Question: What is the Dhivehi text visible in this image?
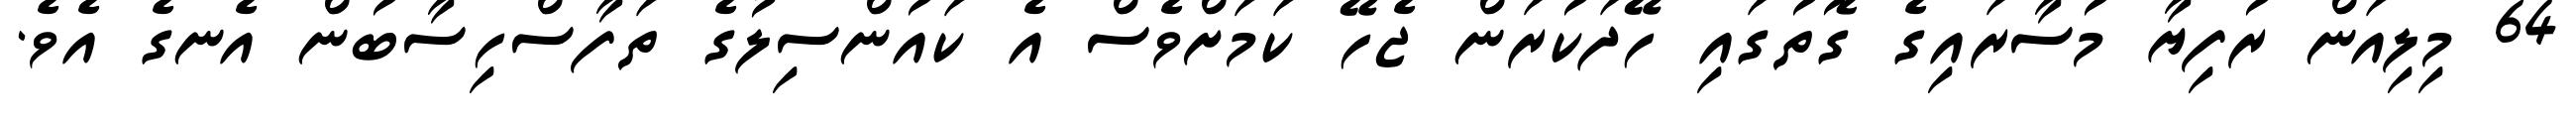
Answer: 64 މިލިއަން ރުފިޔާ މުސާރައިގެ ގޮތުގައި ހޭދަކުރަން ޖެހޭ ކަމަށްވެސް އެ ކައުންސިލުގެ ތަފާސްހިސާބުން އެނގެ އެވެ.